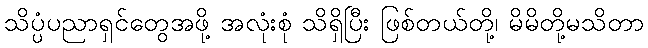
သိပ္ပံပညာရှင်တွေအဖို့ အလုံးစုံ သိရှိပြီး ဖြစ်တယ်တို့၊ မိမိတို့မသိတာ